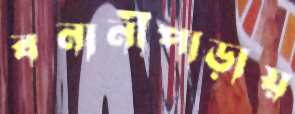
বনানীপাড়ায়